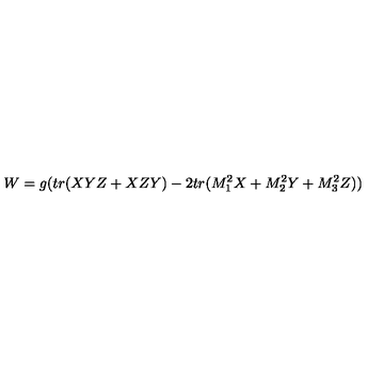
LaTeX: W = g ( t r ( X Y Z + X Z Y ) - 2 t r ( M _ { 1 } ^ { 2 } X + M _ { 2 } ^ { 2 } Y + M _ { 3 } ^ { 2 } Z ) )